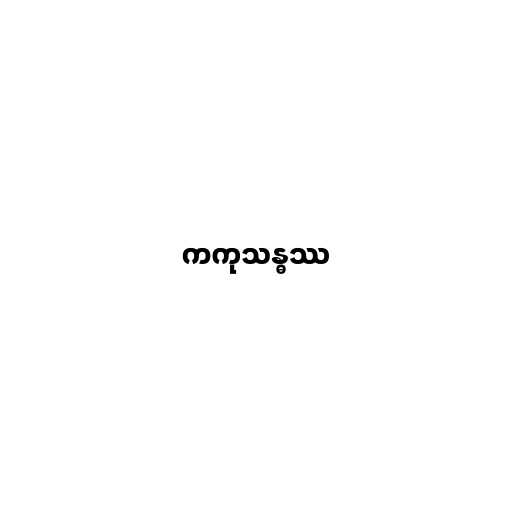
ကကုသန္ဓဿ